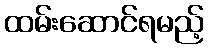
ထမ်းဆောင်ရမည့်